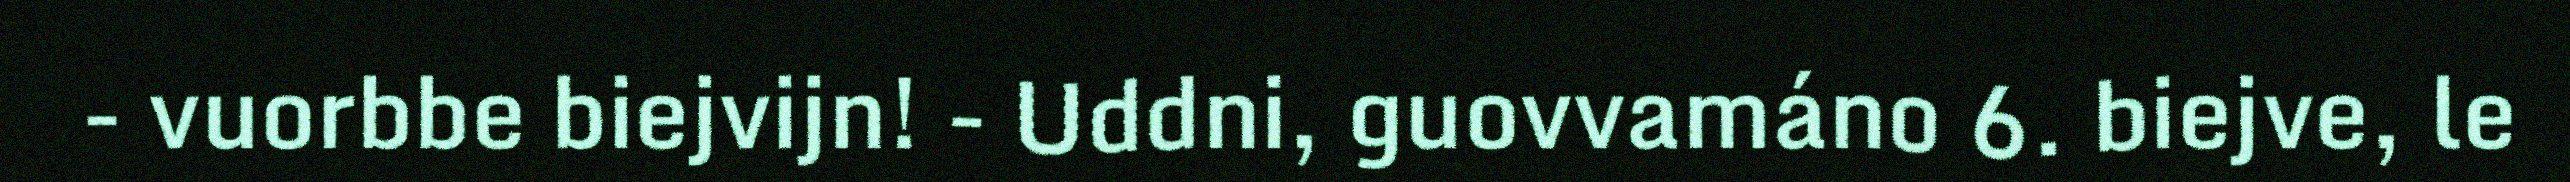
- vuorbbe biejvijn! - Uddni, guovvamáno 6. biejve, le